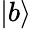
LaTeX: \vert b\rangle